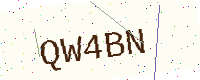
Text: QW4BN